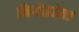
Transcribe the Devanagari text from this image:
निबंढांना